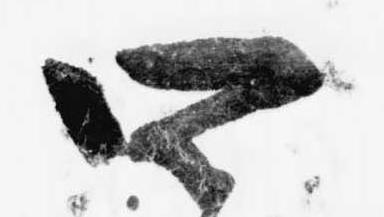
四